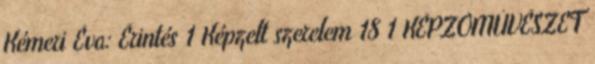
Kémeri Éva: Érintés 1 Képzelt szerelem 18 1 KÉPZŐMŰVÉSZET